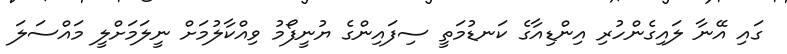
ގައި އޭނާ ލައިގެންހުރި އިންޑިއާގެ ކަނޑުމަތީ ސިފައިންގެ ޔުނީފޯމު ވިއްކާލުމަށް ނީލަމަށްލީ މައްސަލަ